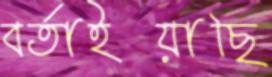
বর্তাইয়াছি